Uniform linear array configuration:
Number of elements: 4
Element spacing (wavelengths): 0.5
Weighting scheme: hann
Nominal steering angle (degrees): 15
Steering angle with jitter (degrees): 13.711
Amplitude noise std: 0.05
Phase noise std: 0.05

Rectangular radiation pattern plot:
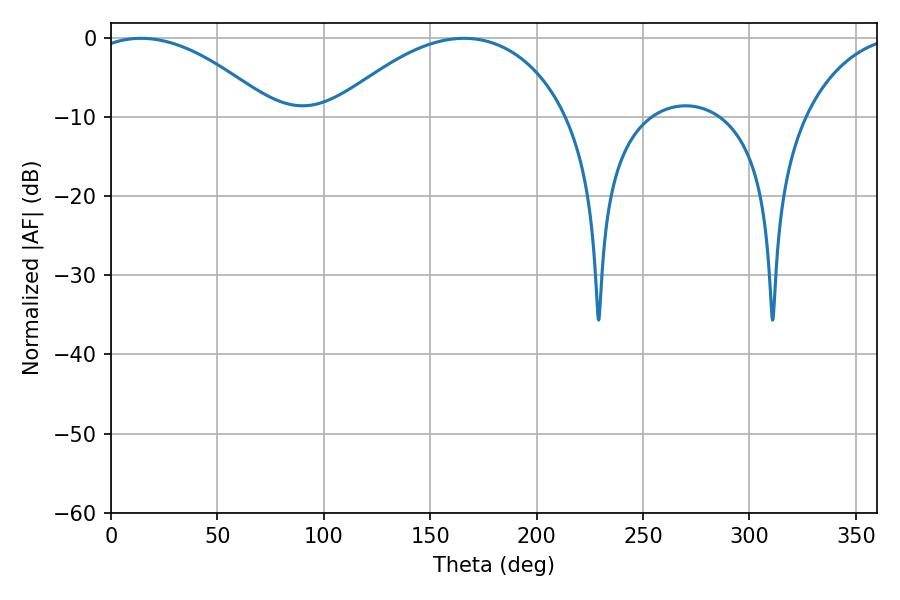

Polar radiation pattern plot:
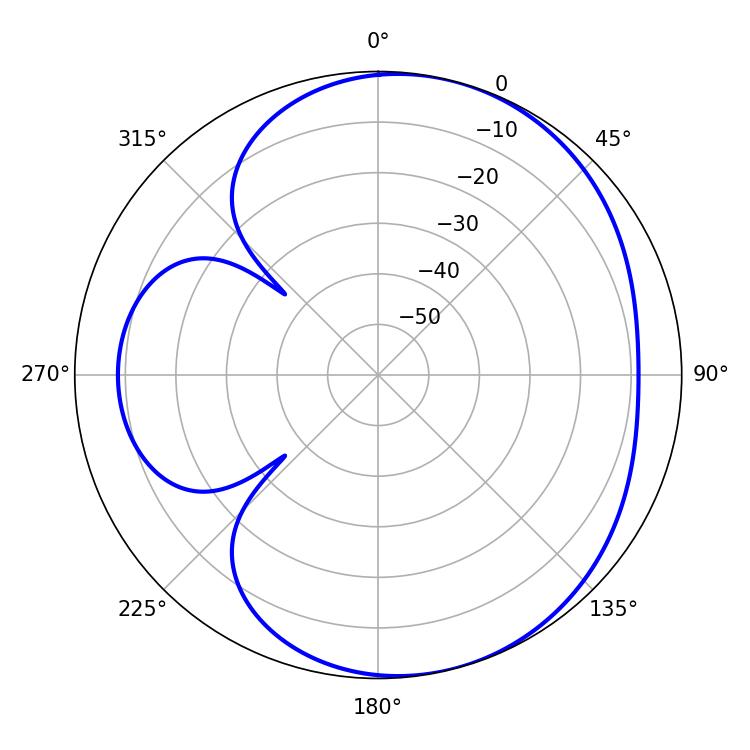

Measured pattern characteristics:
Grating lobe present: FALSE
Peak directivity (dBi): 5.087
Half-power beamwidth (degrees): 48.06
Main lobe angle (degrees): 14.04